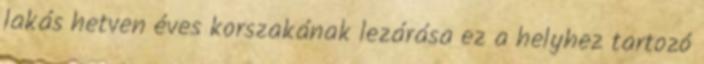
lakás hetven éves korszakának lezárása ez a helyhez tartozó